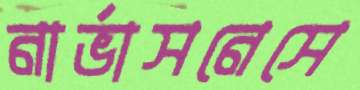
নার্ভাসনেসে